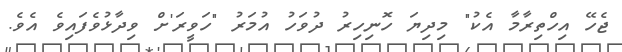
ޖެހޭ އިހްތިރާމާ އެކު" މިދިޔަ ހޮނިހިރު ދުވަހު އުމަރު "ހަވީރަ'ށް ވިދާޅުވެފައިވެ އެވެ.